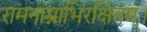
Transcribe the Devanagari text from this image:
रामनाम्नाभिरक्षितम्‌।